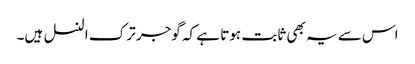
اس سے یہ بھی ثابت ہوتا ہے کہ گوجر ترک النسل ہیں۔